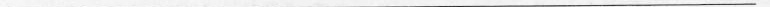
___